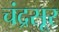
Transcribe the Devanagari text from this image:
चंद्रसूर